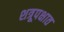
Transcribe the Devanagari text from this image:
शत्रूपक्षात